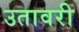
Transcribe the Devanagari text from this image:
उतावरी